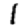
Digit: 1